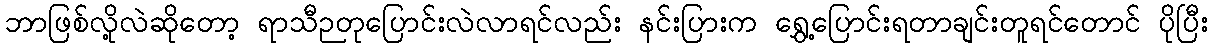
ဘာဖြစ်လို့လဲဆိုတော့ ရာသီဉတုပြောင်းလဲလာရင်လည်း နင်းပြားက ရွှေ့ပြောင်းရတာချင်းတူရင်တောင် ပိုပြီး